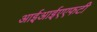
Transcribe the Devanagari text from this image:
आईआईएएफटी